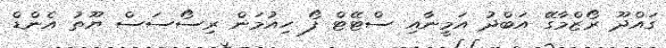
ގައްދޫ ރޯޒްމާގޭ އަބްދު އަމީނާއި ސްޓޭޓް ފޯ ހިއުމަން ރިސޯސަސް ޔޫތު އެންޑް